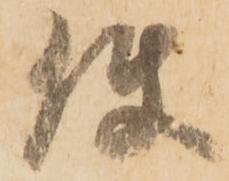
使